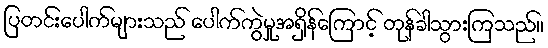
ပြတင်းပေါက်များသည် ပေါက်ကွဲမှုအရှိန်ကြောင့် တုန်ခါသွားကြသည်။